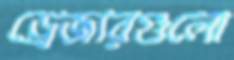
ড্রেজারগুলো